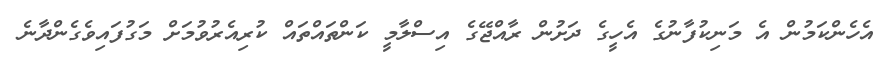
އެހެންކަމުން އެ މަނިކުފާނުގެ އެހީގެ ދަށުން ރާއްޖޭގެ އިސްލާމީ ކަންތައްތައް ކުރިއެރުވުމަށް މަގުފައިވެގެންދާނެ